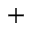
^ +